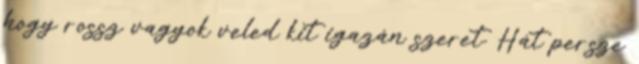
hogy rossz vagyok veled kit igazán szeret. Hát persze